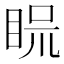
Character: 𥆰